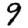
Digit: 9